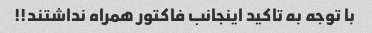
با توجه به تاکید اینجانب فاکتور همراه نداشتند!!